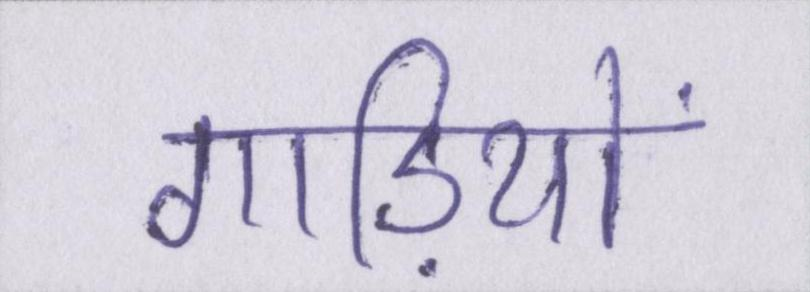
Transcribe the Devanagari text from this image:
गाड़ियों